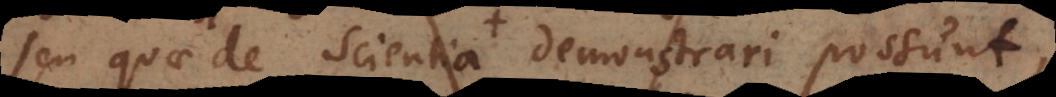
seu quae de Scientia demonstrari possunt,